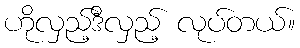
ဟိုလှည့်ဒီလှည့် လုပ်တယ်။